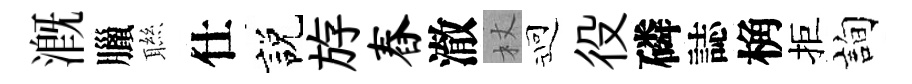
溉臘聮仕説斿舂澈杖迎役磷誌桷拒詢